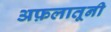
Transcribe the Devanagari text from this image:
अफ़लातूनी